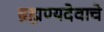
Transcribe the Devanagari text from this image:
ब्रह्मण्यदेवाचे